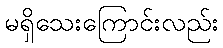
မရှိသေးကြောင်းလည်း